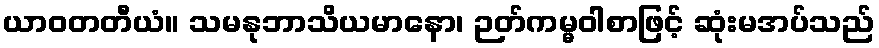
ယာဝတတီယံ။ သမနုဘာသိယမာနော၊ ဉတ်ကမ္မဝါစာဖြင့် ဆုံးမအပ်သည်